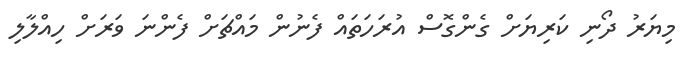
މިޔަރު ދޯނި ކަރިޔަށް ގެންގޮސް އުރަހަތައް ފެނުން މައްޗަށް ފެންނަ ވަރަށް ހިއްލާލި